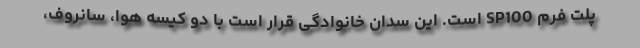
پلت فرم SP100 است. اين سدان خانوادگی قرار است با دو کیسه هوا، سانروف،